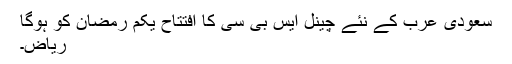
سعودی عرب کے نئے چینل ایس بی سی کا افتتاح یکم رمضان کو ہوگا
ریاض۔